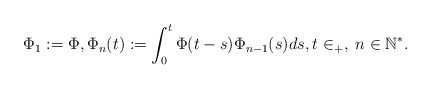
\begin{align*}\Phi_1:=\Phi, \Phi_n(t):=\int_0^t \Phi(t-s) \Phi_{n-1}(s) ds, t \in \real_+, \; n\in \mathbb{N}^*.\end{align*}